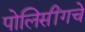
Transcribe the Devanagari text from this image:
पोलिसींगचे